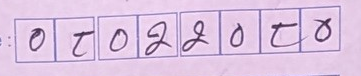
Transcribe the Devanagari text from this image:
०८०२२०८०